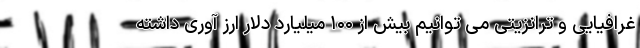
غرافیایی و ترانزیتی می توانیم بیش از ۱۰۰ میلیارد دلار ارز آوری داشته